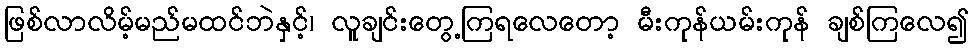
ဖြစ်လာလိမ့်မည်မထင်ဘဲနှင့်၊ လူချင်းတွေ့ကြရလေတော့ မီးကုန်ယမ်းကုန် ချစ်ကြလေ၍